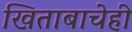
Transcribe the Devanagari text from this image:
खिताबाचेही